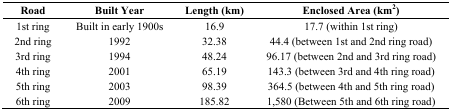
| Road | Built Year | Length (km) | Enclosed Area (km2) |
 | --- | --- | --- | --- |
 | 1st ring | Built in early 1900s | 16.9 | 17.7 (within 1st ring) |
 | 2nd ring | 1992 | 32.38 | 44.4 (between 1st and 2nd ring road) |
 | 3rd ring | 1994 | 48.24 | 96.17 (between 2nd and 3rd ring road) |
 | 4th ring | 2001 | 65.19 | 143.3 (between 3rd and 4th ring road) |
 | 5th ring | 2003 | 98.39 | 364.5 (between 4th and 5th ring road) |
 | 6th ring | 2009 | 185.82 | 1,580 (Between 5th and 6th ring road) |